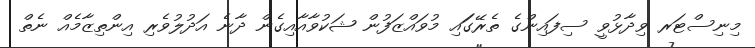
މިނިސްޓަރ ވިދާޅުވީ ސިފައިންގެ ތެރޭގަައި މުވައްޒަފުން ޝަކުވާއާއިގެން ދާނެ އަދުލުވެރި އިންތިިޒާމެއް ނެތް